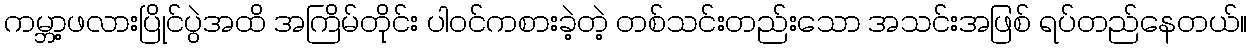
ကမ္ဘာ့ဖလားပြိုင်ပွဲအထိ အကြိမ်တိုင်း ပါဝင်ကစားခဲ့တဲ့ တစ်သင်းတည်းသော အသင်းအဖြစ် ရပ်တည်နေတယ်။